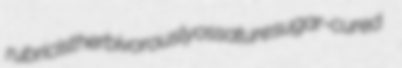
rubricist herbivorously ossature sugar-cured